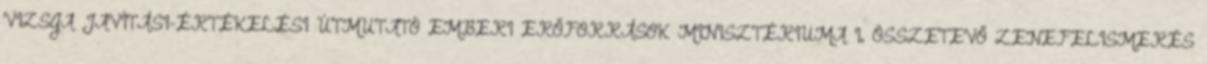
VIZSGA JAVÍTÁSI-ÉRTÉKELÉSI ÚTMUTATÓ EMBERI ERŐFORRÁSOK MINISZTÉRIUMA I. ÖSSZETEVŐ ZENEFELISMERÉS